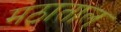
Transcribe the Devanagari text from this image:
मठाताल